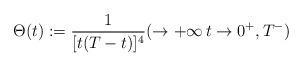
LaTeX: \begin{align*}\Theta(t):=\frac{1}{[t(T-t)]^4}(\rightarrow + \infty \, t \rightarrow 0^+, T^-)\end{align*}